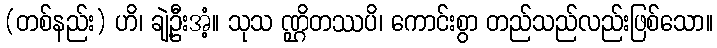
(တစ်နည်း) ဟိ၊ ချဲ့ဦးအံ့။ သုသ ဏ္ဌိတဿပိ၊ ကောင်းစွာ တည်သည်လည်းဖြစ်သော။